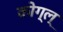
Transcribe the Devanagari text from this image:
कोग्ल्